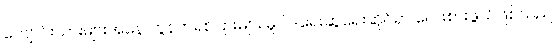
ကျောင်းသားများအနေ ကွန်ကရစ်ပြားများ မူဝါဒရေးဆွဲရေးဆိုင်ရာ လေးစားဖွယ်ဖြစ်သည်